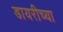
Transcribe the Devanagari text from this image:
डायरीच्या